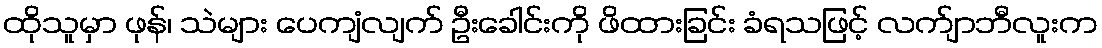
ထိုသူမှာ ဖုန်၊ သဲများ ပေကျံလျက် ဦးခေါင်းကို ဖိထားခြင်း ခံရသဖြင့် လက်ျာဘီလူးက